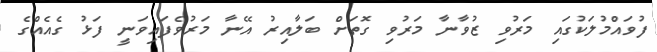
ފުވައްމުލަކުގައި މަރުވި ޒުވާނާ މަރުވި ގޮތަށް ބަލާއިރު އޭނާ މަރުވެފައިވަނީ ފަޅު ގެއެއްގެ